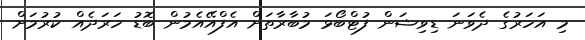
މި އަހަރުގެ ދެވަނަ ޑިވިޝަން ފުޓްބޯޅަ މުބާރާތަށް އެފްއޭއެމުން ބޮޑު ހަރަދެއް ކުރުމަށް